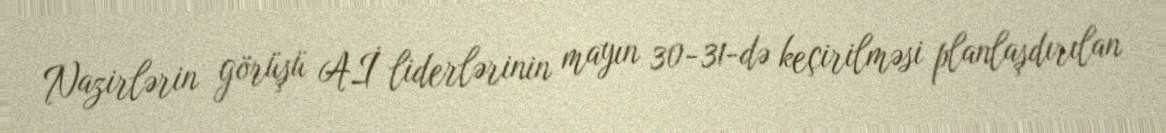
Nazirlərin görüşü Aİ liderlərinin mayın 30-31-də keçirilməsi planlaşdırılan